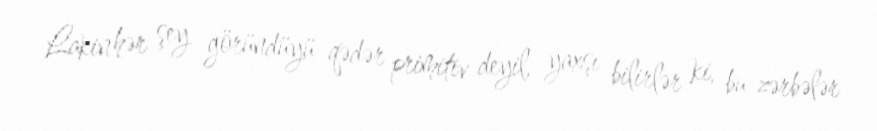
Lakin hər şey göründüyü qədər primitiv deyil, yaxşı bilirlər ki, bu zərbələr